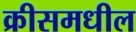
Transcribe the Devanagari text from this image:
क्रीसमधील